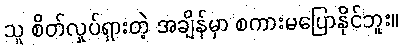
သူ စိတ်လှုပ်ရှားတဲ့ အချိန်မှာ စကားမပြောနိုင်ဘူး။